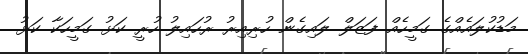
މަޑުކުލައެއްގެ ގަމީހެއް ފަޒަލް ލައިގެން ހުރިއިރު ރުހައިލު ހުރީ ކަޅު ގަމީހަކާ ކަޅު